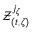
\mathcal { Z } _ { ( t , \zeta ) } ^ { j _ { \zeta } }